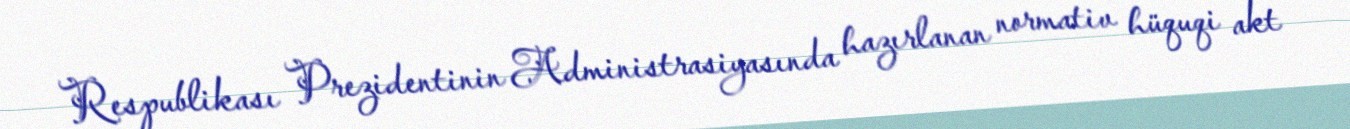
Respublikası Prezidentinin Administrasiyasında hazırlanan normativ hüquqi akt